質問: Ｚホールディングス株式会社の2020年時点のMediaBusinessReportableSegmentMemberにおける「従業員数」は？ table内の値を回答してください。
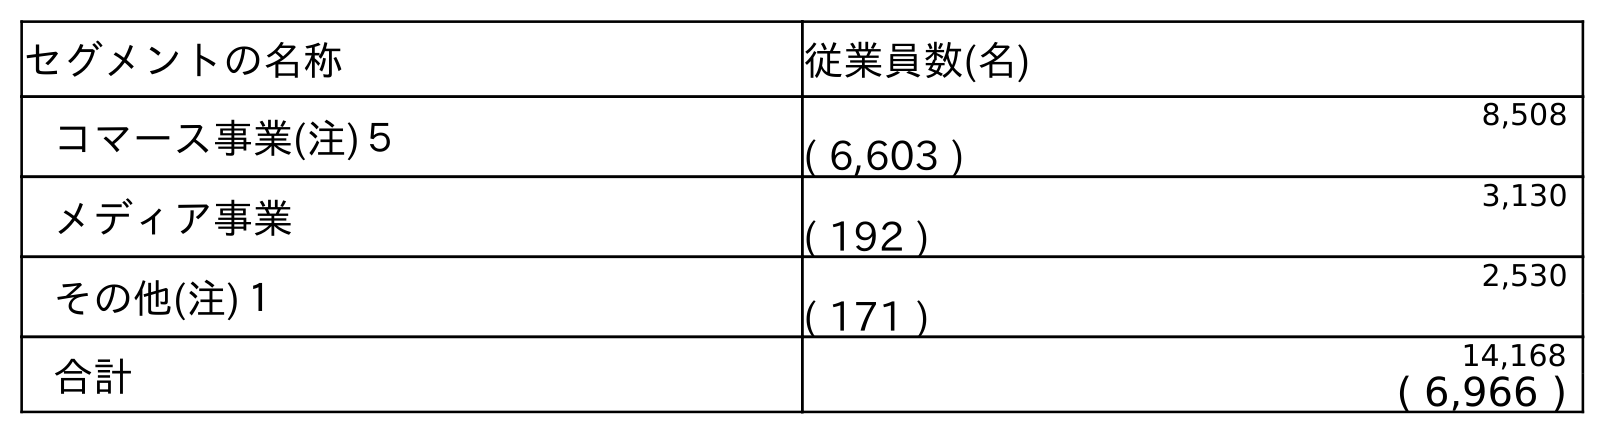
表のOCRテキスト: セグメントの名称 従業員数(名) コマース事業(注)５ 8,508 ( 6,603 ) メディア事業 3,130 ( 192 ) その他(注)１ 2,530 ( 171 ) 合計 14,168 ( 6,966 )
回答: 3,130